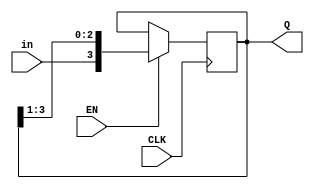
module shiftreg(EN, in, CLK, Q);
parameter n = 4;
input EN;
input in;
input CLK;
output [n-1:0] Q;
reg [n-1:0] Q;
initial
Q=4'd10;
always @(posedge CLK)
begin
if (EN)
Q={in,Q[n-1:1]};
end
endmodule


// Test Bench of 4 bit shift register
module shiftregtest;
parameter n= 4;
reg EN,in , CLK;
wire [n-1:0] Q;
//reg [n-1:0] Q;
shiftreg shreg(EN,in,CLK,Q);
initial
begin
CLK=0;
end
always
#2 CLK=~CLK;
initial
$monitor($time," EN=%b in= %b Q=%b\n",EN,in,Q);
initial
begin
in=0;EN=0;
#4 in=1;EN=1;
#4 in=1;EN=0;
#4 in=0;EN=1;
#5 $finish;
end
endmodule